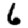
Digit: 6